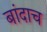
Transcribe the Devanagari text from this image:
बांदाच